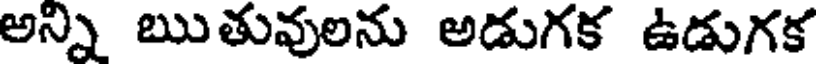
అన్ని ఋతువులను అడుగక ఉడుగక